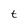
Character: t